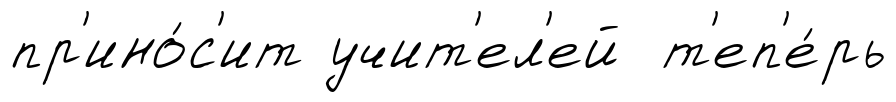
пр'ино́с'ит учит'ел'ей т'еп'е́рь